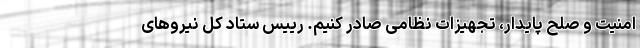
امنیت و صلح پایدار، تجهیزات نظامی صادر کنیم. رییس ستاد کل نیروهای